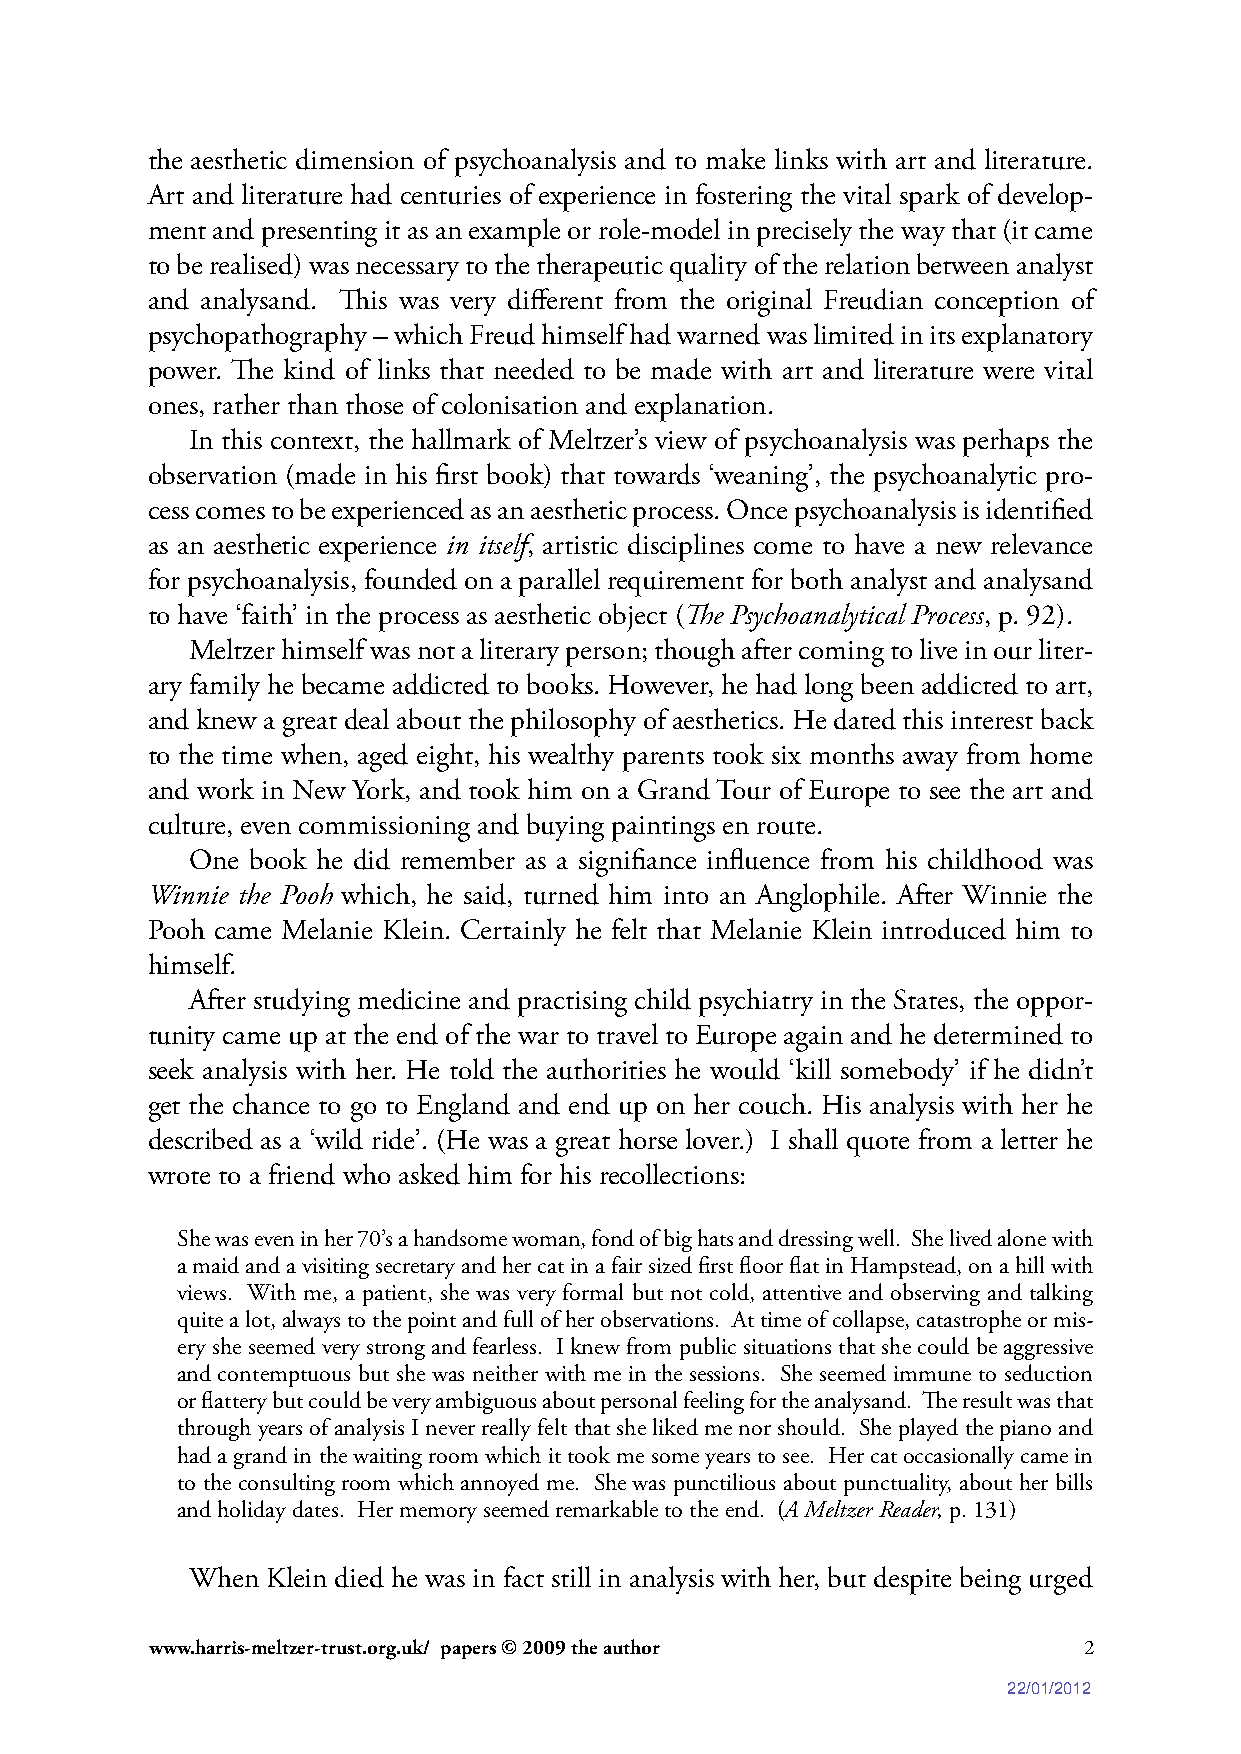
the aesthetic dimension of psychoanalysis and to make links with art and literature.
 Art and literature had centuries of experience in fostering the vital spark of develop-
 ment and presenting it as an example or role-model in precisely the way that (it came
 to be realised) was necessary to the therapeutic quality of the relation between analyst
 and analysand. This was very different from the original Freudian conception of
 psychopathography – which Freud himself had warned was limited in its explanatory
 power. The kind of links that needed to be made with art and literature were vital
 ones, rather than those of colonisation and explanation.
 In this context, the hallmark of Meltzer’s view of psychoanalysis was perhaps the
 observation (made in his first book) that towards ‘weaning’, the psychoanalytic pro-
 cess comes to be experienced as an aesthetic process. Once psychoanalysis is identified
 as an aesthetic experience in itself, artistic disciplines come to have a new relevance
 for psychoanalysis, founded on a parallel requirement for both analyst and analysand
 to have ‘faith’ in the process as aesthetic object (The Psychoanalytical Process, p. 92).
 Meltzer himself was not a literary person; though after coming to live in our liter-
 ary family he became addicted to books. However, he had long been addicted to art,
 and knew a great deal about the philosophy of aesthetics. He dated this interest back
 to the time when, aged eight, his wealthy parents took six months away from home
 and work in New York, and took him on a Grand Tour of Europe to see the art and
 culture, even commissioning and buying paintings en route.
 One book he did remember as a signifiance influence from his childhood was
 Winnie the Pooh which, he said, turned him into an Anglophile. After Winnie the
 Pooh came Melanie Klein. Certainly he felt that Melanie Klein introduced him to
 himself.
 After studying medicine and practising child psychiatry in the States, the oppor-
 tunity came up at the end of the war to travel to Europe again and he determined to
 seek analysis with her. He told the authorities he would ‘kill somebody’ if he didn’t
 get the chance to go to England and end up on her couch. His analysis with her he
 described as a ‘wild ride’. (He was a great horse lover.) I shall quote from a letter he
 wrote to a friend who asked him for his recollections:
 She was even in her 70’s a handsome woman, fond of big hats and dressing well. She lived alone with
 a maid and a visiting secretary and her cat in a fair sized first floor flat in Hampstead, on a hill with
 views. With me, a patient, she was very formal but not cold, attentive and observing and talking
 quite a lot, always to the point and full of her observations. At time of collapse, catastrophe or mis-
 ery she seemed very strong and fearless. I knew from public situations that she could be aggressive
 and contemptuous but she was neither with me in the sessions. She seemed immune to seduction
 or flattery but could be very ambiguous about personal feeling for the analysand. The result was that
 through years of analysis I never really felt that she liked me nor should. She played the piano and
 had a grand in the waiting room which it took me some years to see. Her cat occasionally came in
 to the consulting room which annoyed me. She was punctilious about punctuality, about her bills
 and holiday dates. Her memory seemed remarkable to the end. (A Meltzer Reader, p. 131)
 When Klein died he was in fact still in analysis with her, but despite being urged
 www.harris-meltzer-trust.org.uk/ papers © 2009 the author     2
 22/01/2012